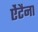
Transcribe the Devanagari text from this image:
ऐंटैना